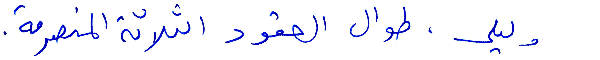
وليلى. طوال العقود الثلاثة المنصرمة.